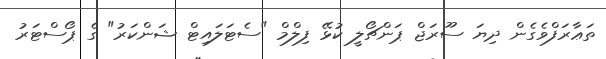
ތަޢާރަފްވެގެން ދިޔަ ސޫރަޖް ޕަންޗޯލީ ކުޅޭ ފިލްމް "ސެޓަލައިޓް ޝަންކަރު" ގެ ޕޯސްޓަރު